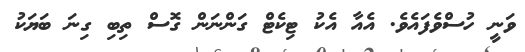
ވަނީ ހުސްވެފައެވެ. އެއާ އެކު ޓިކެޓް ގަންނަން ގޮސް ތިބި ގިނަ ބަޔަކު